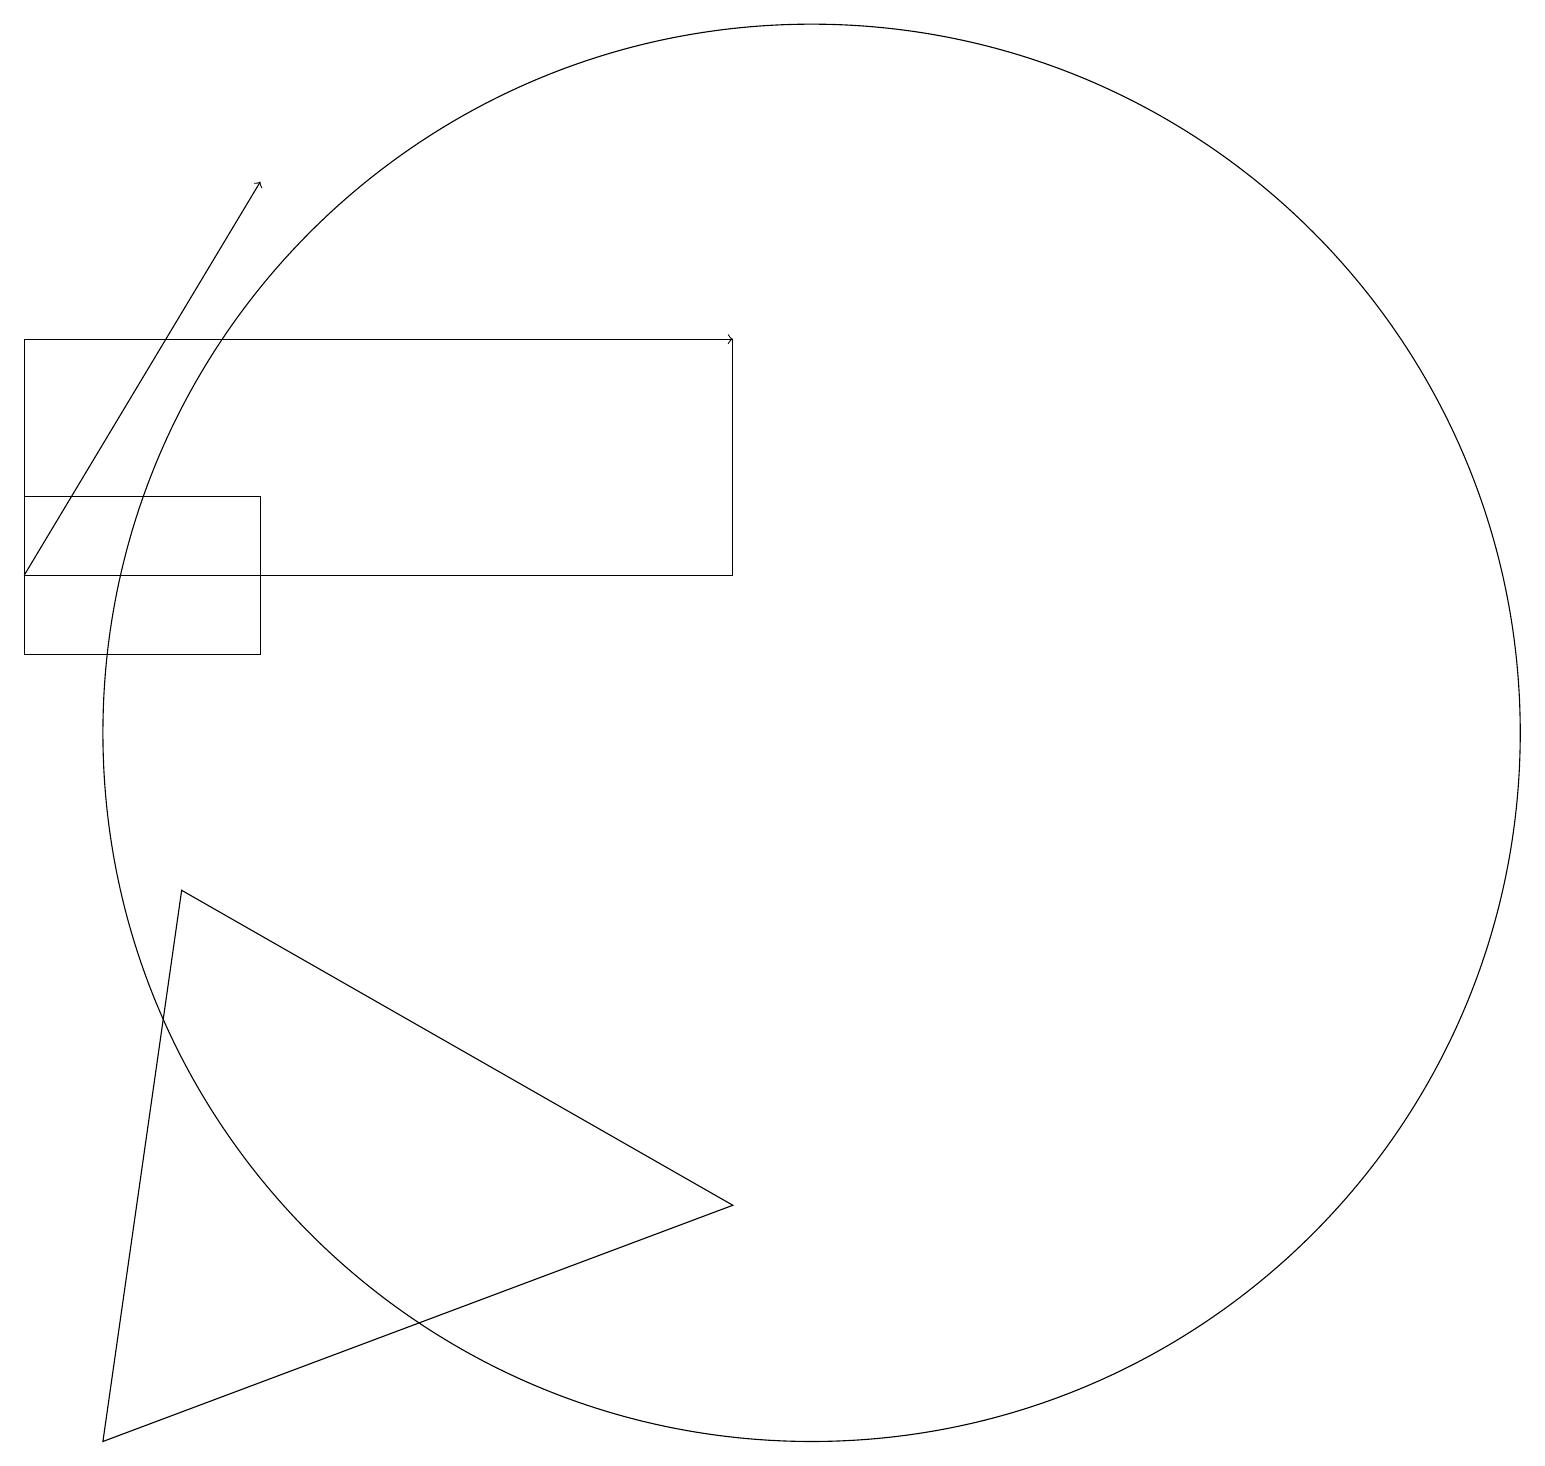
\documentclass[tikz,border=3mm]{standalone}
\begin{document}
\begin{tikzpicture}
\draw[->] (0,13) -- (3,18);
\draw (11,11) circle (0);
\draw (9,5) -- (1,2) -- (2,9) -- cycle;
\draw (0,14) rectangle (3,12);
\draw (10,11) circle (9);
\draw[->] (3,16) -- (9,16);
\draw (9,16) rectangle (0,13);
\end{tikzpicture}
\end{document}